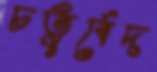
চতুর্বেদ